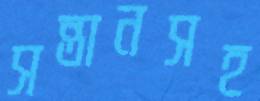
সন্তানসহ